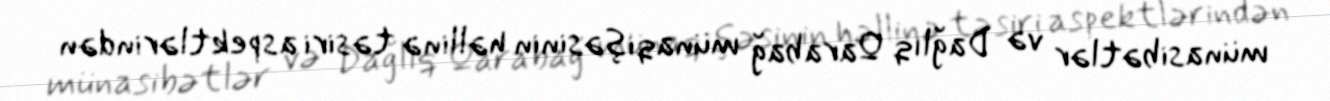
münasibətlər və Dağlıq Qarabağ münaqişəsinin həllinə təsiri aspektlərindən